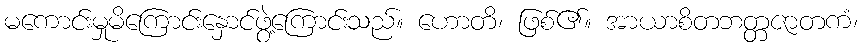
မကောင်းမှုမိကြောင်းနှောင်ဖွဲ့ကြောင်းသည်။ ဟောတိ၊ ဖြစ်၏။ အာယာစိတဘတ္တဇာတကံ၊